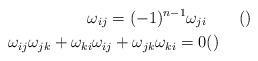
LaTeX: \begin{align*}\omega_{ij}=(-1)^{n-1}\omega_{ji}&\qquad()\\\omega_{ij}\omega_{jk}+\omega_{ki}\omega_{ij}+\omega_{jk}\omega_{ki}=0&()\end{align*}